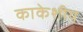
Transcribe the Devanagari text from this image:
काकेशीय